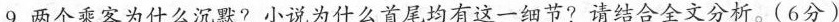
9.两个乘客为什么沉默？小说为什么首尾均有这一细节？请结合全文分析。(6分)